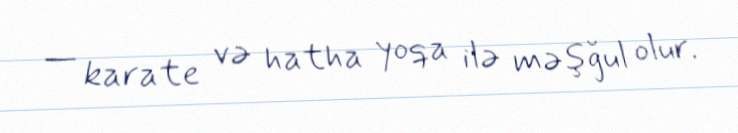
— karate və hatha yoqa ilə məşğul olur.